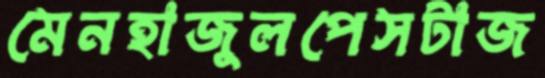
মেনহাজুলপেসটাজ